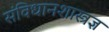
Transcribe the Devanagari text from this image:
संविधानशास्त्रज्ञ